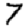
Digit: 7